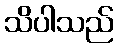
သိပါသည်